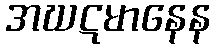
အဃဋမာနေန